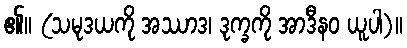
၏။ (သမုဒယကို အဿာဒ၊ ဒုက္ခကို အာဒီနဝ ယူပါ)။